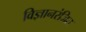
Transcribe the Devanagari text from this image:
विज्ञानरंजित